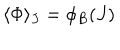
\langle \Phi \rangle _ { J } = \phi _ { B } ( J )